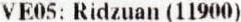
VE05: RIDZUAN (11900)